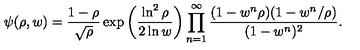
\psi ( \rho , w ) = { \frac { 1 - \rho } { \sqrt \rho } } \exp \left( { \frac { \ln ^ { 2 } \rho } { 2 \ln w } } \right) \prod _ { n = 1 } ^ { \infty } { \frac { ( 1 - w ^ { n } \rho ) ( 1 - w ^ { n } / \rho ) } { ( 1 - w ^ { n } ) ^ { 2 } } } .